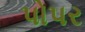
પોપર